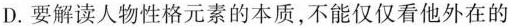
D.要解读人物性格元素的本质,不能仅仅看他外在的